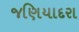
જણિયાદરા